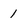
Character: 1